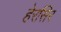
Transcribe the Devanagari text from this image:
हेरसिर